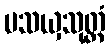
ပသယှသုတ္တံ